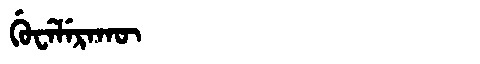
Manchu: ᡤᡠᠸᡝᠯᡝᡵᠠᡴᡡ
Romanization: GUWELERAKŪ